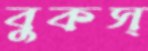
বুকস্